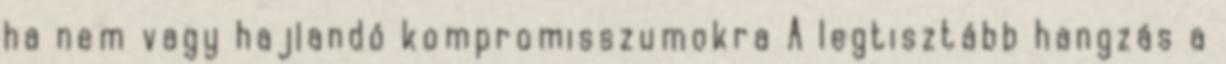
ha nem vagy hajlandó kompromisszumokra A legtisztább hangzás a